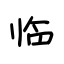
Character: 临